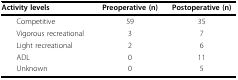
<table><thead><tr><td><b>Activity levels</b></td><td><b>Preoperative (n)</b></td><td><b>Postoperative (n)</b></td></tr></thead><tbody><tr><td> Competitive</td><td>59</td><td>35</td></tr><tr><td> Vigorous recreational</td><td>3</td><td>7</td></tr><tr><td> Light recreational</td><td>2</td><td>6</td></tr><tr><td> ADL</td><td>0</td><td>11</td></tr><tr><td> Unknown</td><td>0</td><td>5</td></tr></tbody></table>